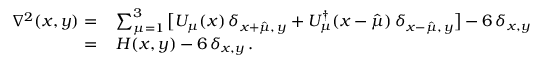
\begin{array} { r l } { \nabla ^ { 2 } ( x , y ) = } & { { } \sum _ { \mu = 1 } ^ { 3 } \big [ U _ { \mu } ( x ) \, \delta _ { x + \hat { \mu } , \, y } + U _ { \mu } ^ { \dagger } ( x - \hat { \mu } ) \, \delta _ { x - \hat { \mu } , \, y } \big ] - 6 \, \delta _ { x , y } } \\ { = } & { { } \, H ( x , y ) - 6 \, \delta _ { x , y } \, . } \end{array}